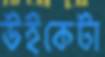
উইকেটা